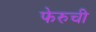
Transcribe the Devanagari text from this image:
फेरुची